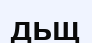
дьщ